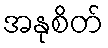
အနုစိတ်